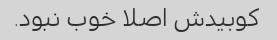
کوبیدش اصلا خوب نبود.